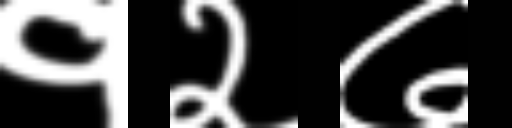
Text: १२७